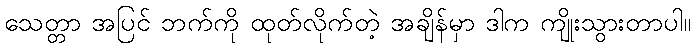
သေတ္တာ အပြင် ဘက်ကို ထုတ်လိုက်တဲ့ အချိန်မှာ ဒါက ကျိုးသွားတာပါ။